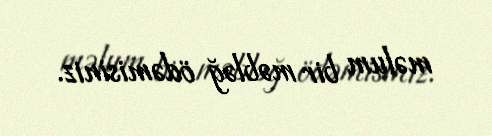
məlum bir məbləğ ödəmisiniz.